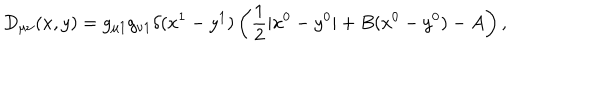
D _ { \mu \nu } ( x , y ) = g _ { \mu 1 } g _ { \nu 1 } \delta ( x ^ { 1 } - y ^ { 1 } ) \left( { \frac { 1 } { 2 } | x ^ { 0 } - y ^ { 0 } | + B ( x ^ { 0 } - y ^ { 0 } ) - A } \right) ,